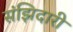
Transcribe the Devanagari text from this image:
संझिदारी